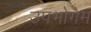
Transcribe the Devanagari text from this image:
उपभोगेम